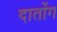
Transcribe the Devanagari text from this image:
दातोंग